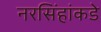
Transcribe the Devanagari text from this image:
नरसिंहांकडे